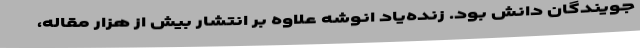
جویندگان دانش بود. زنده‌یاد انوشه علاوه بر انتشار بیش از هزار مقاله،